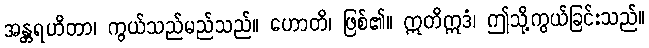
အန္တရဟိတာ၊ ကွယ်သည်မည်သည်။ ဟောတိ၊ ဖြစ်၏။ ဣတိဣဒံ၊ ဤသို့ကွယ်ခြင်းသည်။